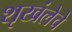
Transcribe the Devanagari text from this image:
शृखंलेचे